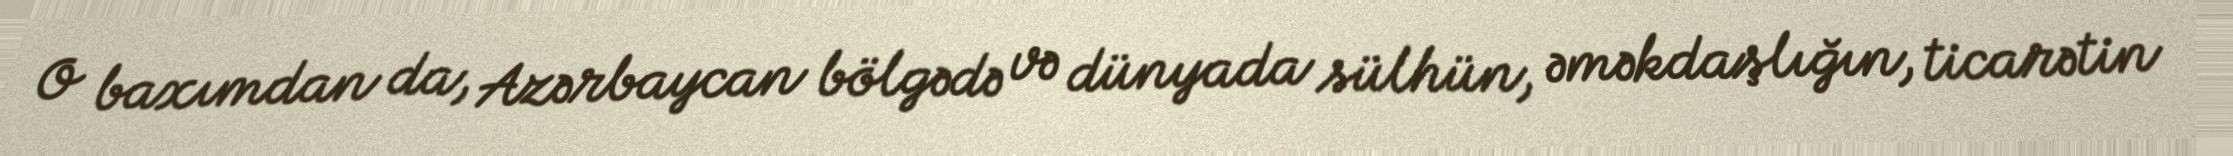
O baxımdan da, Azərbaycan bölgədə və dünyada sülhün, əməkdaşlığın, ticarətin